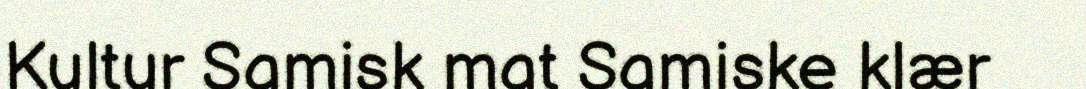
Kultur Samisk mat Samiske klær